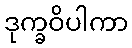
ဒုက္ခဝိပါကာ